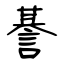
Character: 諅